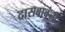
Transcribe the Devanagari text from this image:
दासबाबूंनी